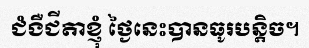
ជំងឺជីតាខ្ញុំ ថ្ងៃនេះបានធូរបន្តិច។